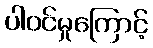
ပါဝင်မှုကြောင့်